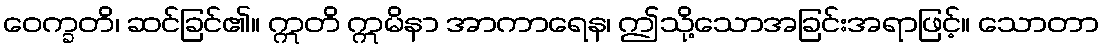
ဝေက္ခတိ၊ ဆင်ခြင်၏။ ဣတိ ဣမိနာ အာကာရေန၊ ဤသို့သောအခြင်းအရာဖြင့်။ သောတာ